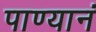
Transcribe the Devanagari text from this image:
पाण्यानं